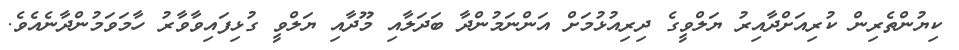
ކިޔުންތެރިން ކުރިއަށްދާއިރު ޔަލްވީގެ ދިރިއުޅުމަށް އަންނަމުންދާ ބަދަލާއި މޫދާއި ޔަލްވީ ގުޅިފައިވާވާރު ހާމަވަމުންދާނެއެވެ.